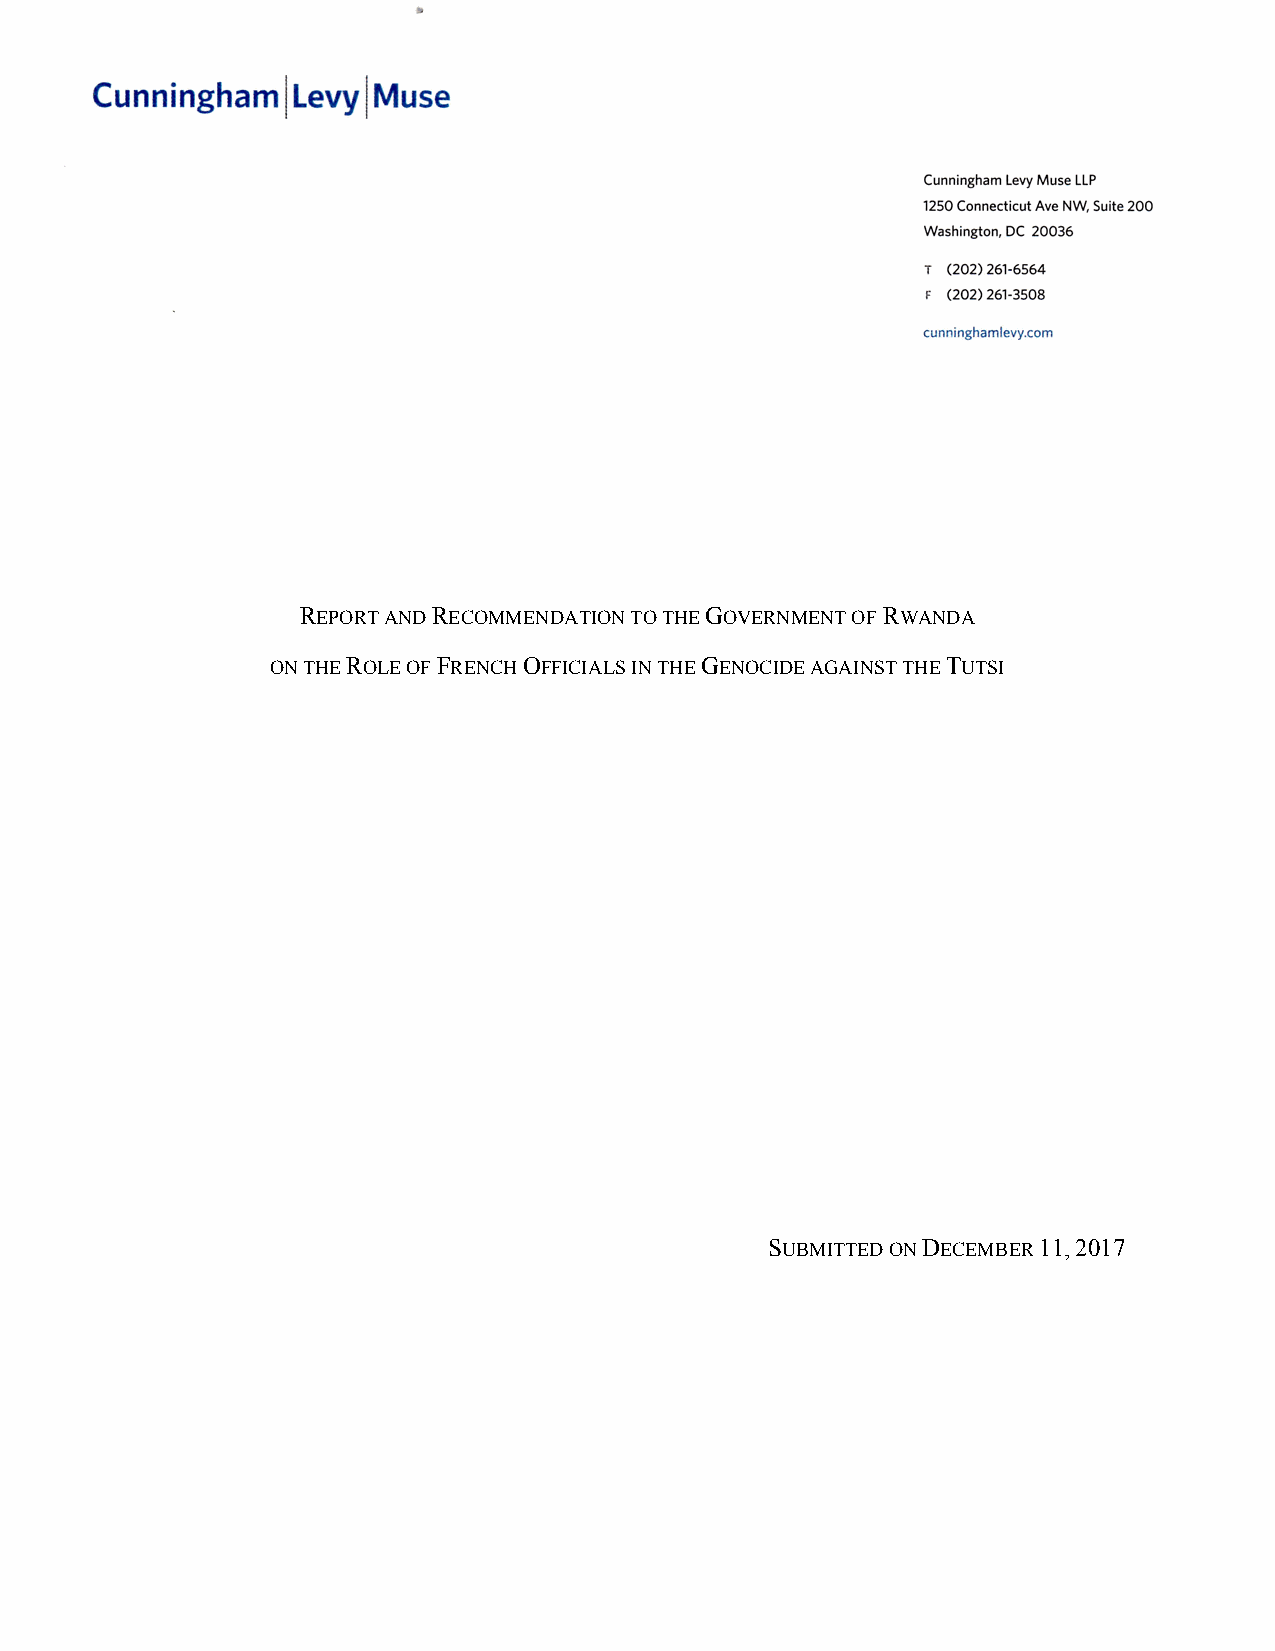
REPORT AND RECOMMENDATION TO THE GOVERNMENT OF RWANDA
 ON THE ROLE OF FRENCH OFFICIALS IN THE GENOCIDE AGAINST THE TUTSI
 SUBMITTED ON DECEMBER 11, 2017